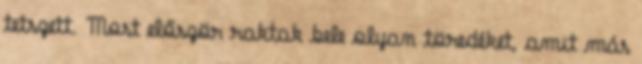
tetszett. Most először raktak bele olyan töredéket, amit más